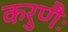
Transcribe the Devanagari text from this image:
करुणैः